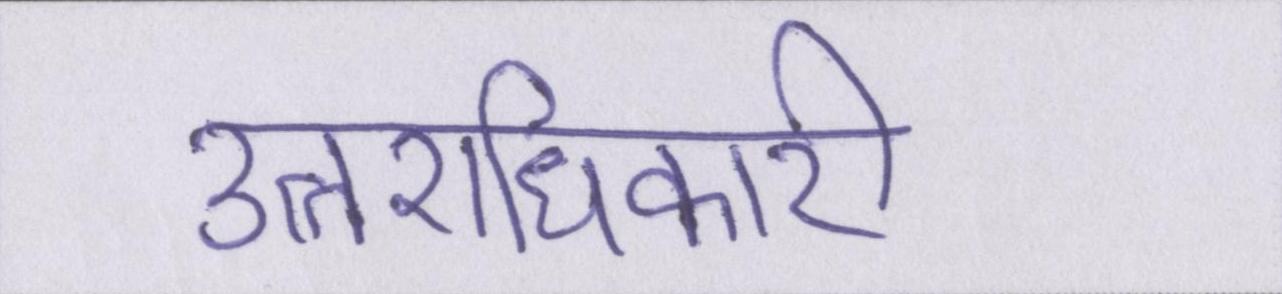
उत्तराधिकारी